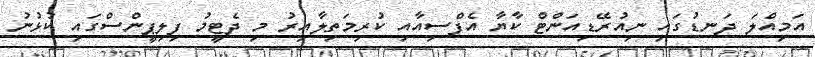
އަމިއްލަ ދަނޑުގައި ނިއުރޭޑިއަންޓް ކާޔާ އެފްސިއާއި ކުރިމަތިލާއިރު މި ދެޓީމު ފިލިޕީންސްގައި ކުޅުނު